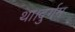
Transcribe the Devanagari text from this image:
था।दुर्गम